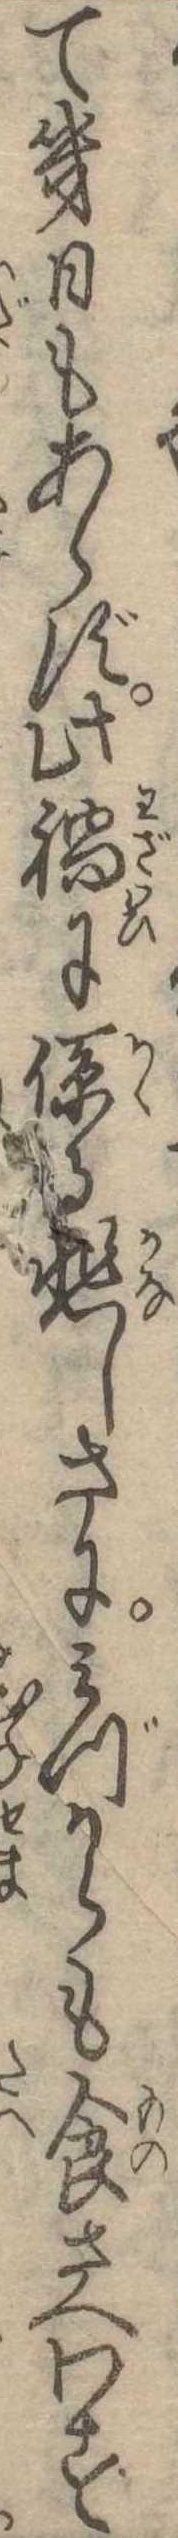
て幾日もあらず此禍に係る悲しさにみづからも食さへわす